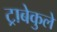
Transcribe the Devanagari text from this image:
ट्राबेकुले